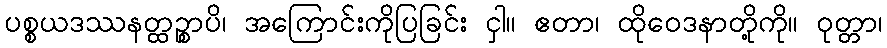
ပစ္စယဒဿနတ္ထဉ္စာပိ၊ အကြောင်းကိုပြခြင်း ငှါ။ ဧတာ၊ ထိုဝေဒနာတို့ကို။ ဝုတ္တာ၊